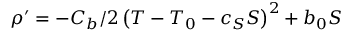
\rho ^ { \prime } = { - C _ { b } } / { 2 } \left( T - T _ { 0 } - c _ { S } S \right) ^ { 2 } + b _ { 0 } S